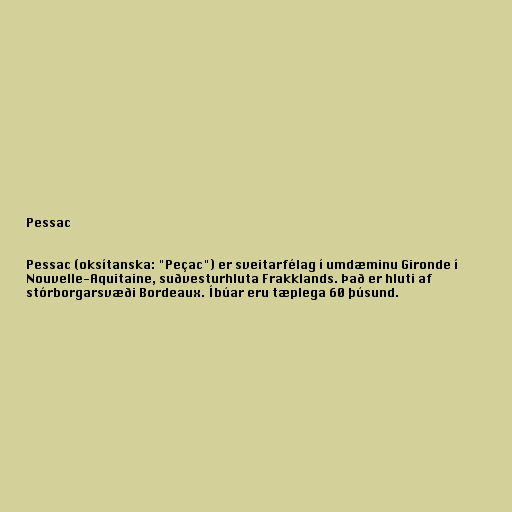
Pessac

Pessac (oksítanska: "Peçac") er sveitarfélag í umdæminu Gironde í
Nouvelle-Aquitaine, suðvesturhluta Frakklands. Það er hluti af
stórborgarsvæði Bordeaux. Íbúar eru tæplega 60 þúsund.